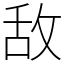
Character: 敌